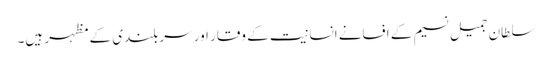
سلطان جمیل نسیم کے افسانے انسانیت کے وقار اور سربلندی کے مظہر ہیں۔